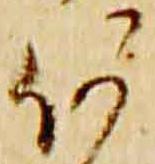
何